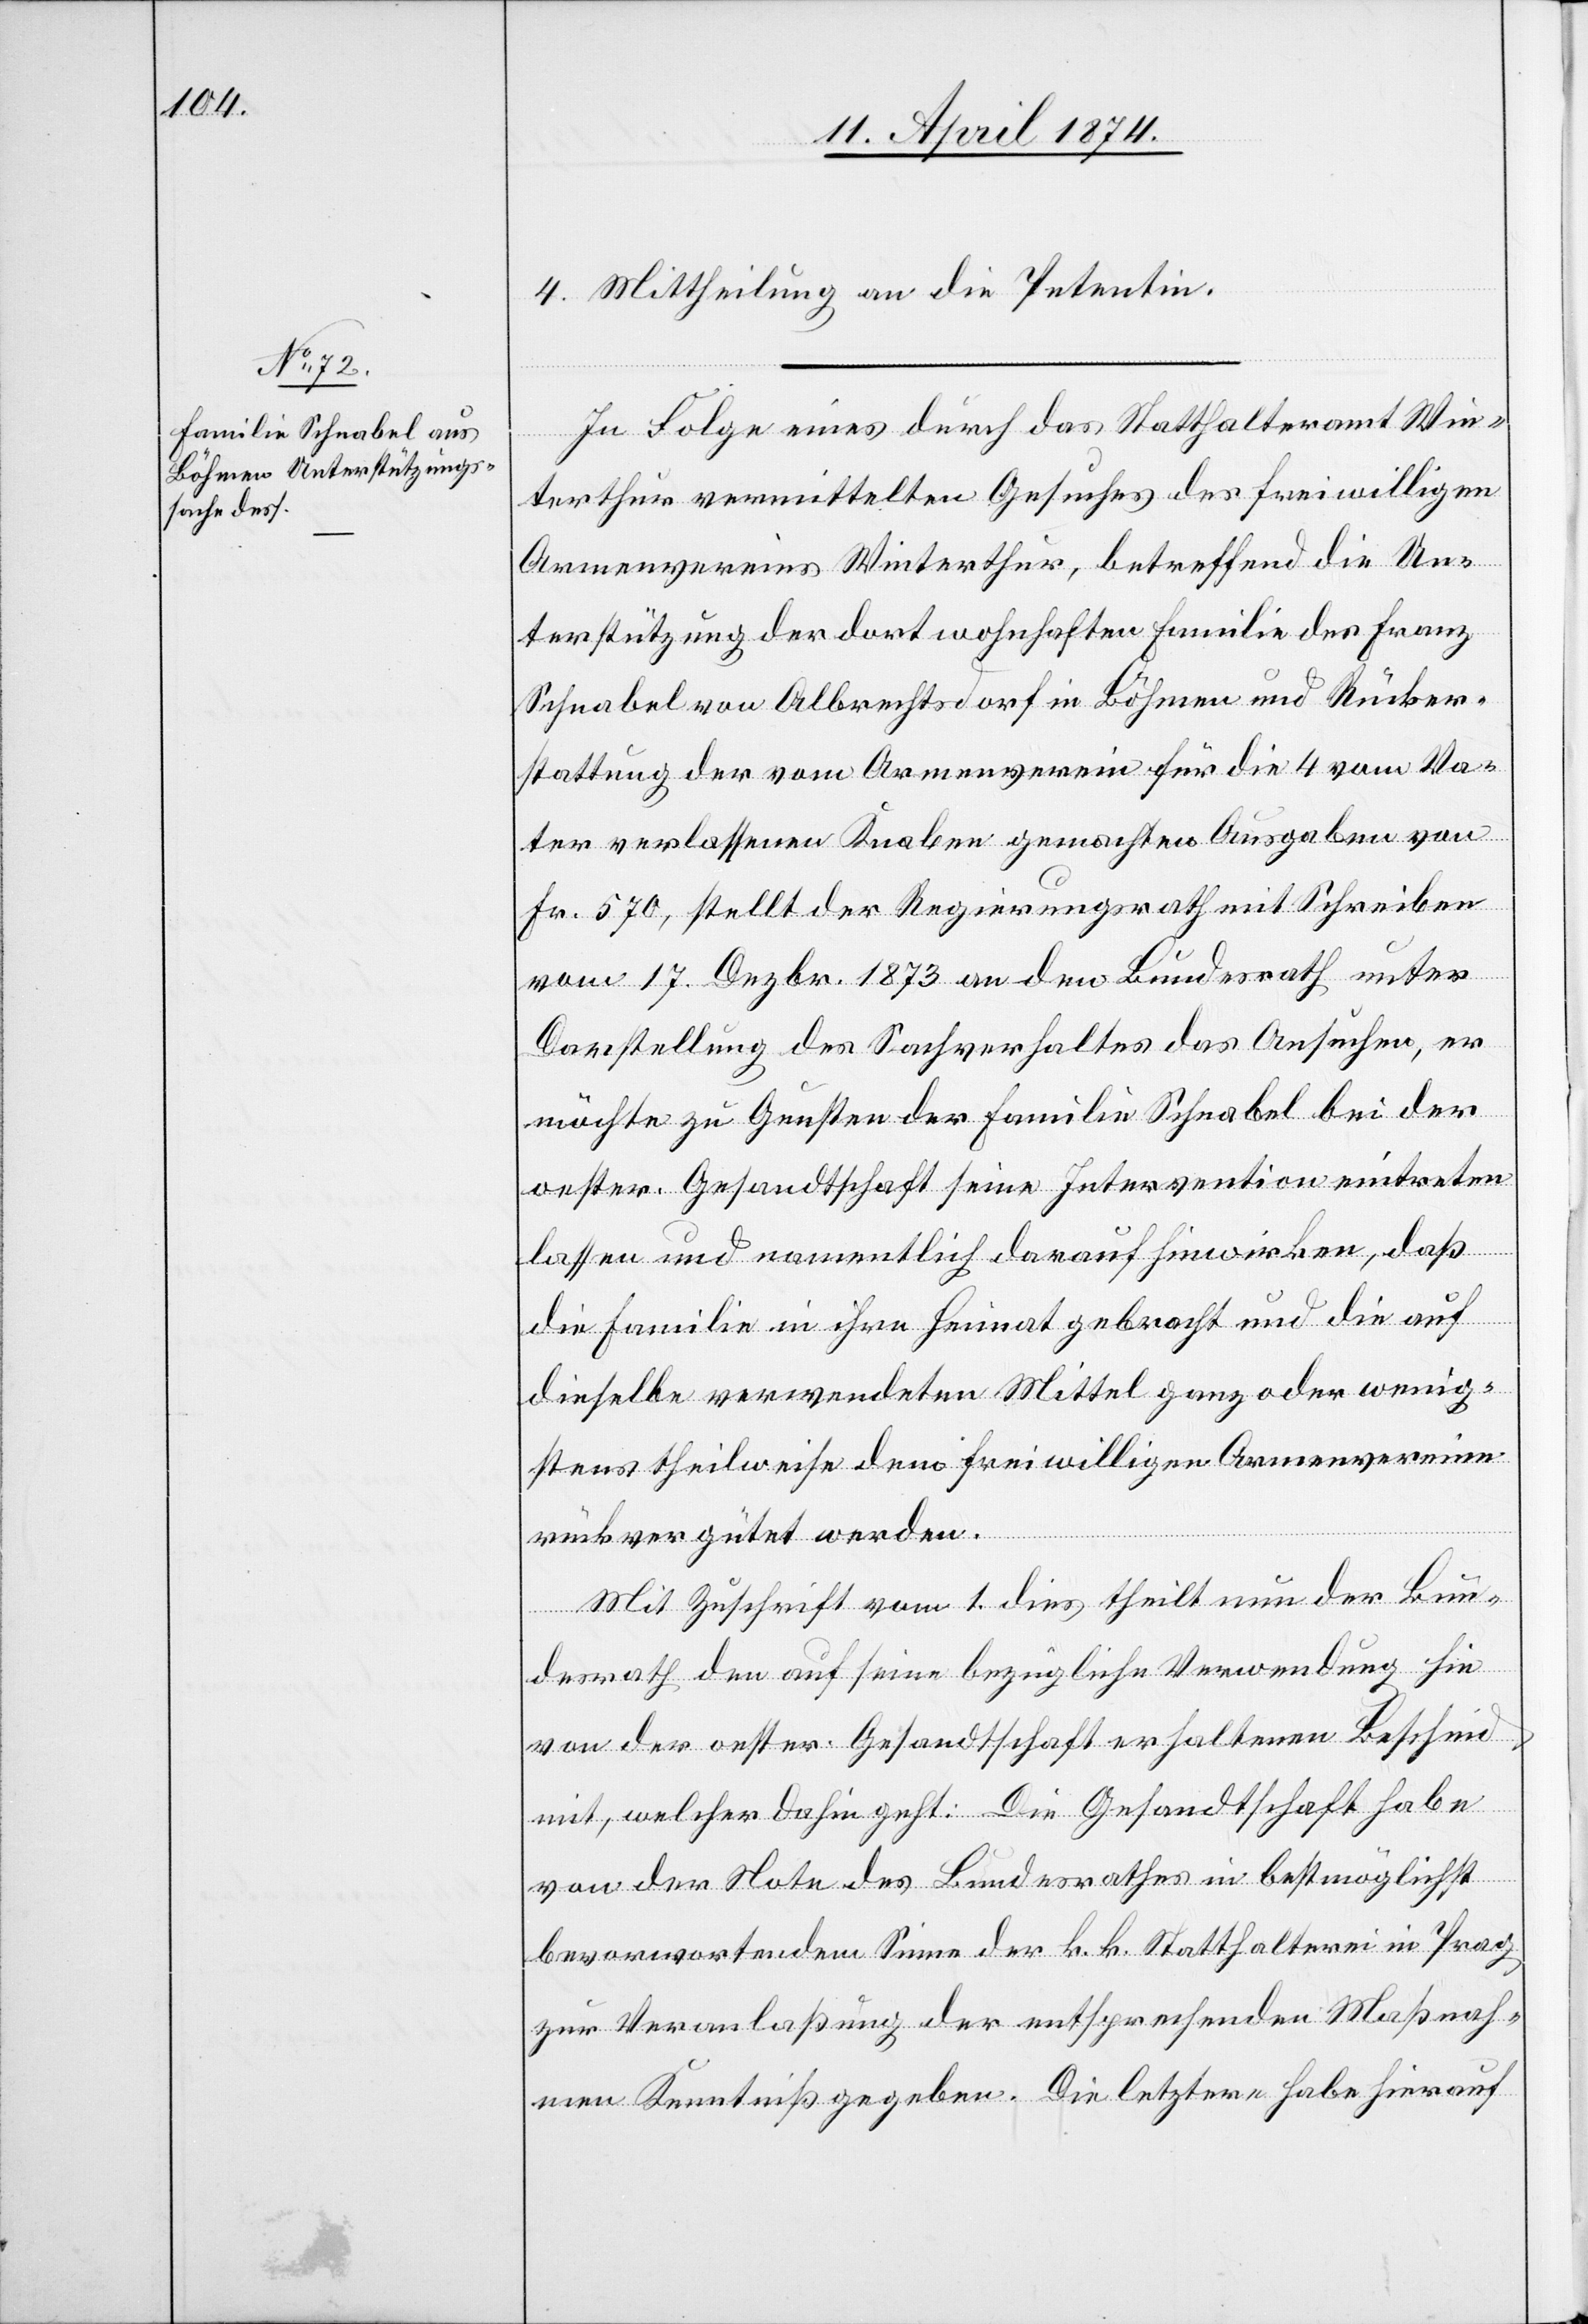
4. Mittheilung an die Petentin.
In Folge eines durch das Statthalteramt Win¬
terthur vermittelten Gesuches des freiwilligen
Armenvereins Winterthur, betreffend die Un¬
terstützung der dort wohnhaften Familie des Franz
Schnabel von Albrechtsdorf in Böhmen und Rücker¬
stattung der vom Armenverein für die 4 vom Va¬
ter verlassenen Knaben gemachten Ausgaben von
Fr. 570, stellt der Regierungsrath mit Schreiben
vom 17. Dezbr. 1873 an den Bundesrath unter
Darstellung des Sachverhaltes das Ansuchen, er
möchte zu Gunsten der Familie Schnabel bei der
oester. Gesandtschaft seine Intervention eintreten
lassen und namentlich darauf hinwirken, daß
die Familie in ihre Heimat gebracht und die auf
dieselbe verwendeten Mittel ganz oder wenig¬
stens theilweise dem freiwilligen Armenvereine
rückvergütet werden.
Mit Zuschrift vom 1. dies theilt nun der Bun¬
desrath den auf seine bezügliche Verwendung hin
von der oester. Gesandtschaft erhaltenen Bescheid
mit, welcher dahin geht: Die Gesandtschaft habe
von der Note des Bundesrathes in bestmöglichst
bevorwortendem [sic!] Sinne der k. k. Statthalterei in Prag
zur Veranlaßung der entsprechenden Maßnah¬
men Kenntniß gegeben. Die letztere habe hierauf